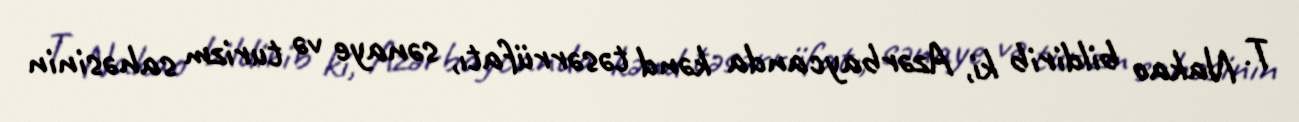
T. Nakao bildirib ki, Azərbaycanda kənd təsərrüfatı, sənaye və turizm sahəsinin